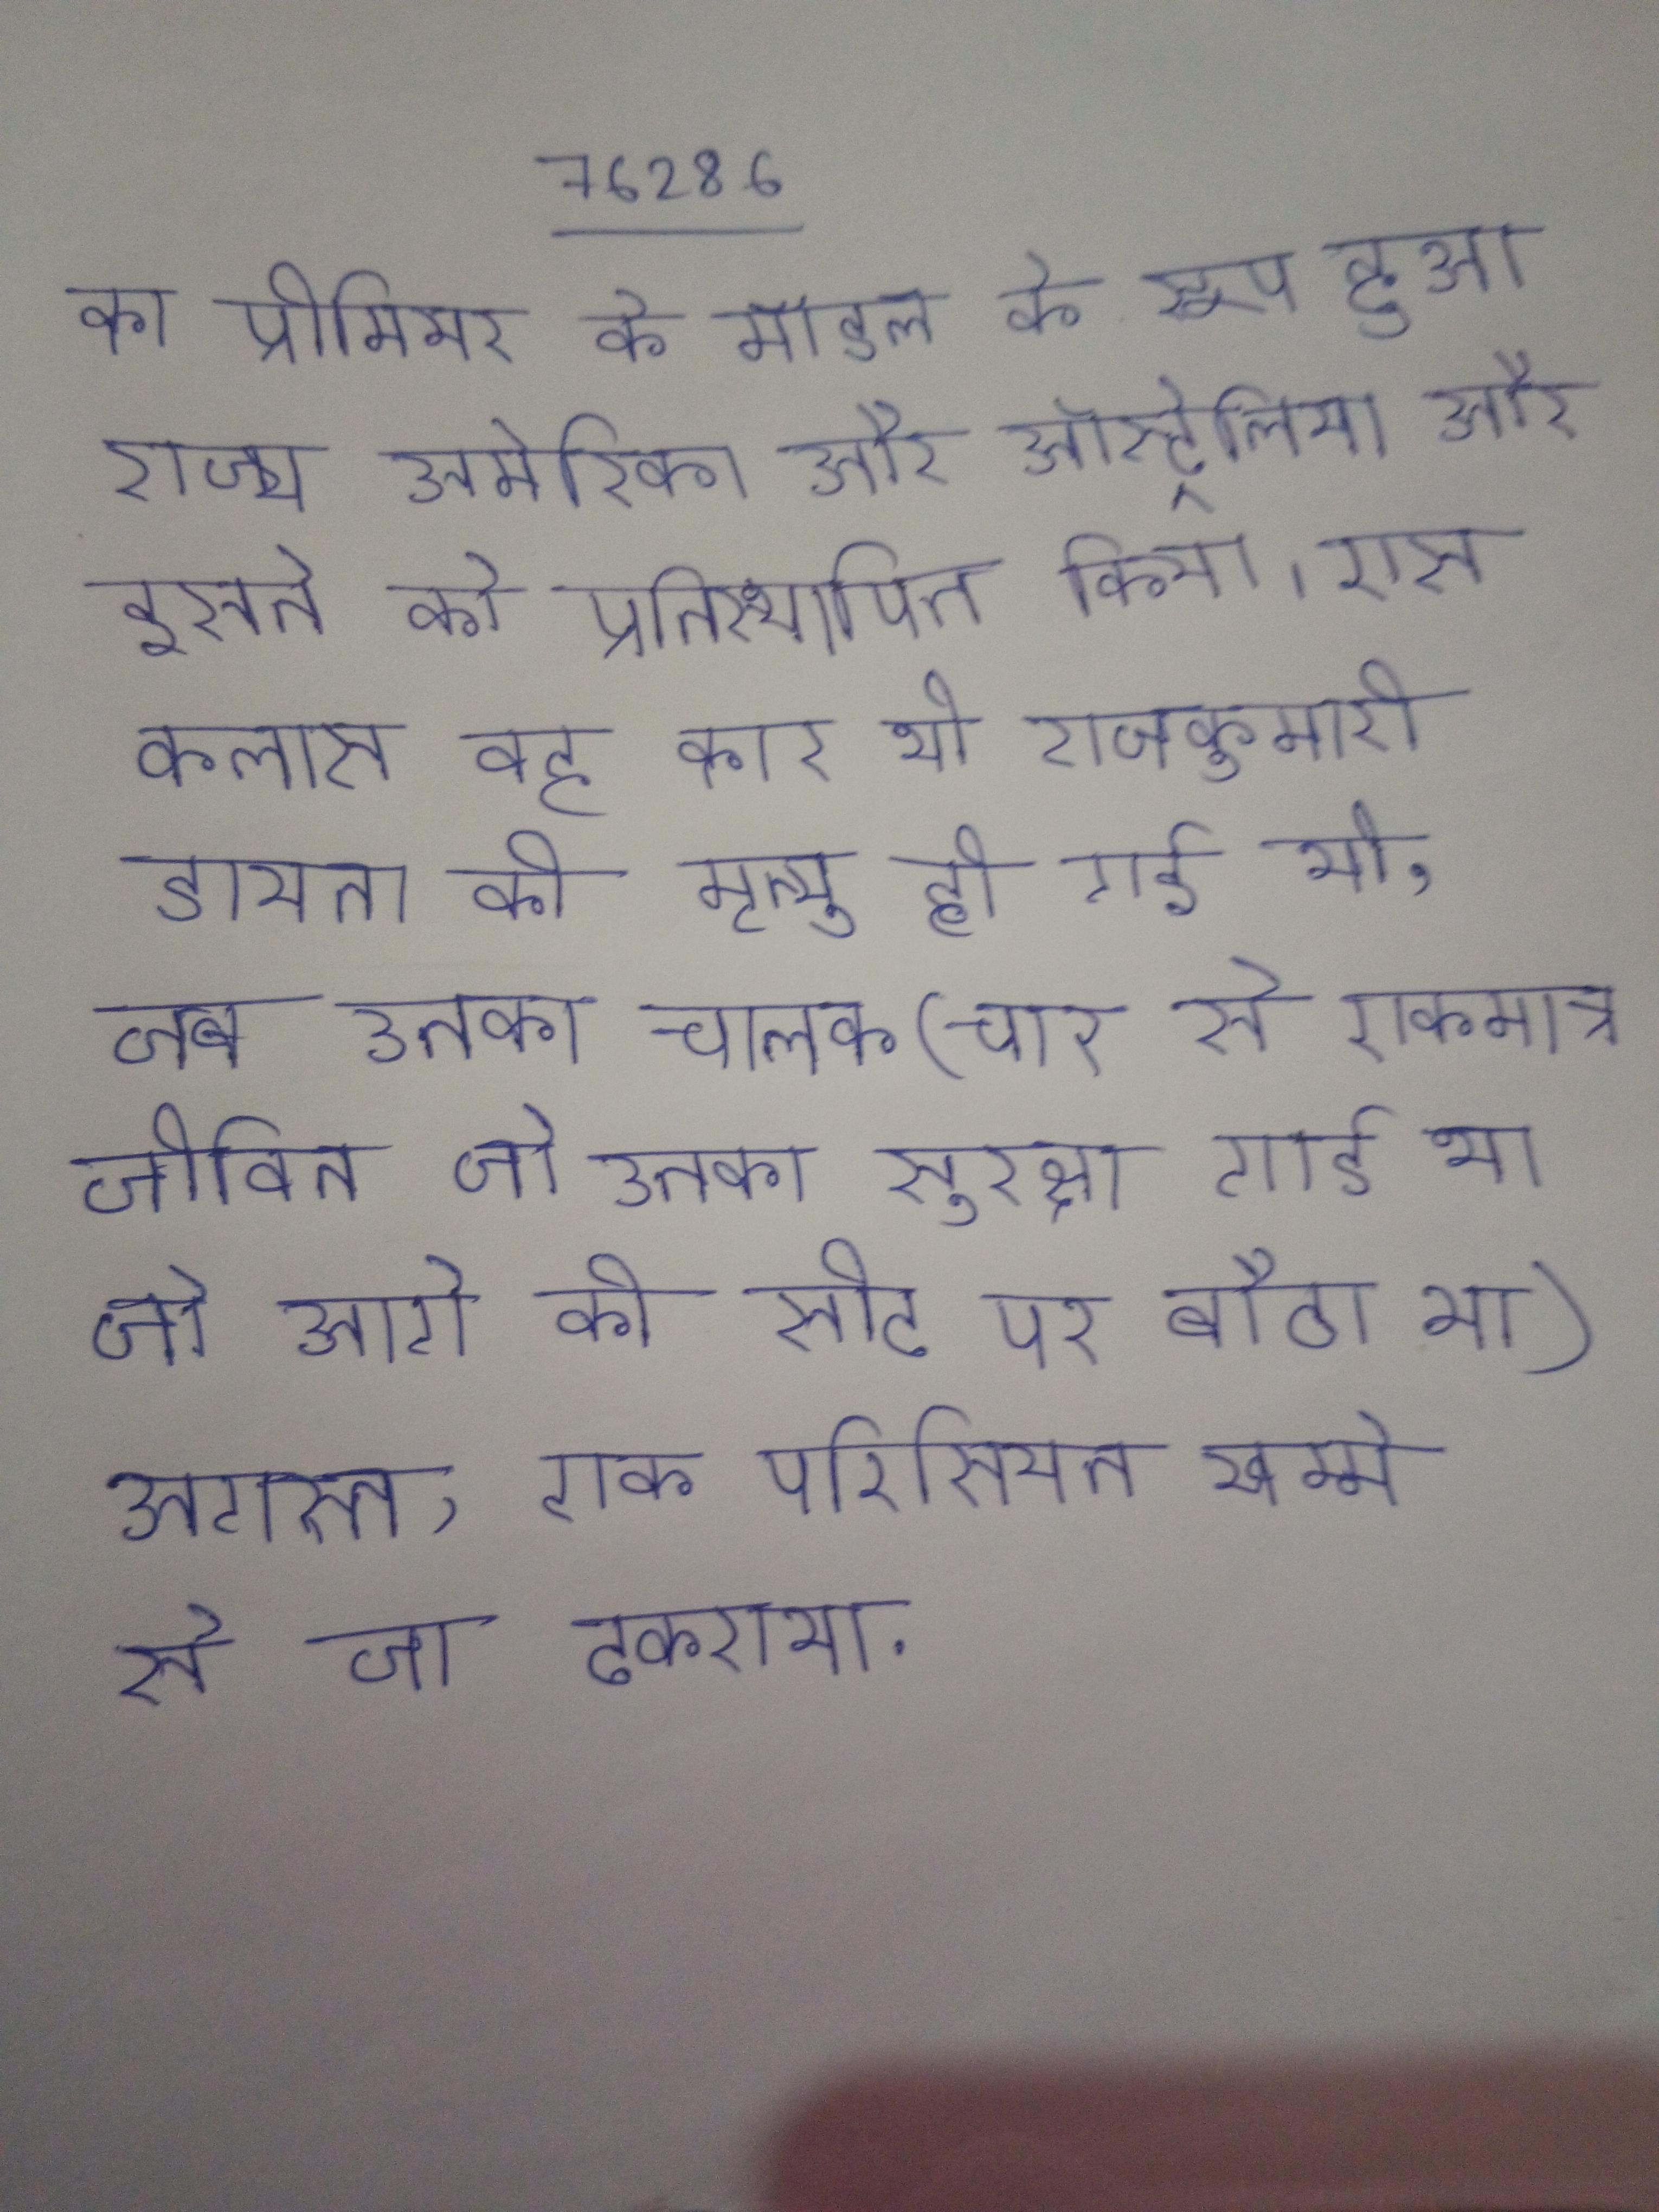
का प्रीमियर के मॉडल के रूप हुआ राज्य अमेरिका और ऑस्ट्रेलिया और इसने को प्रतिस्थापित किया । एस-क्लास वह कार थी राजकुमारी डायना की मृत्यु हो गई थी, जब उनका चालक (चार से एकमात्र जीवित जो उनका सुरक्षा गार्ड था जो आगे की सीट पर बैठा था) अगस्त, एक परिसियन खम्भे से जा टकराया .